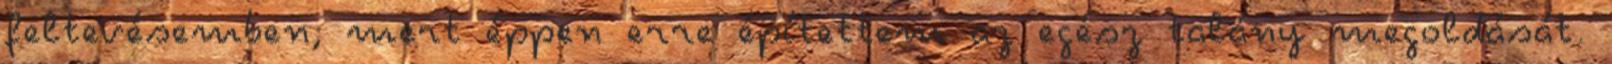
feltevésemben; mert éppen erre építettem az egész talány megoldását.